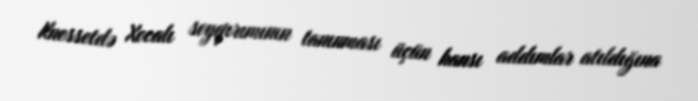
Knessetdə Xocalı soyqırımının tanınması üçün hansı addımlar atıldığına